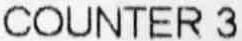
COUNTER 3